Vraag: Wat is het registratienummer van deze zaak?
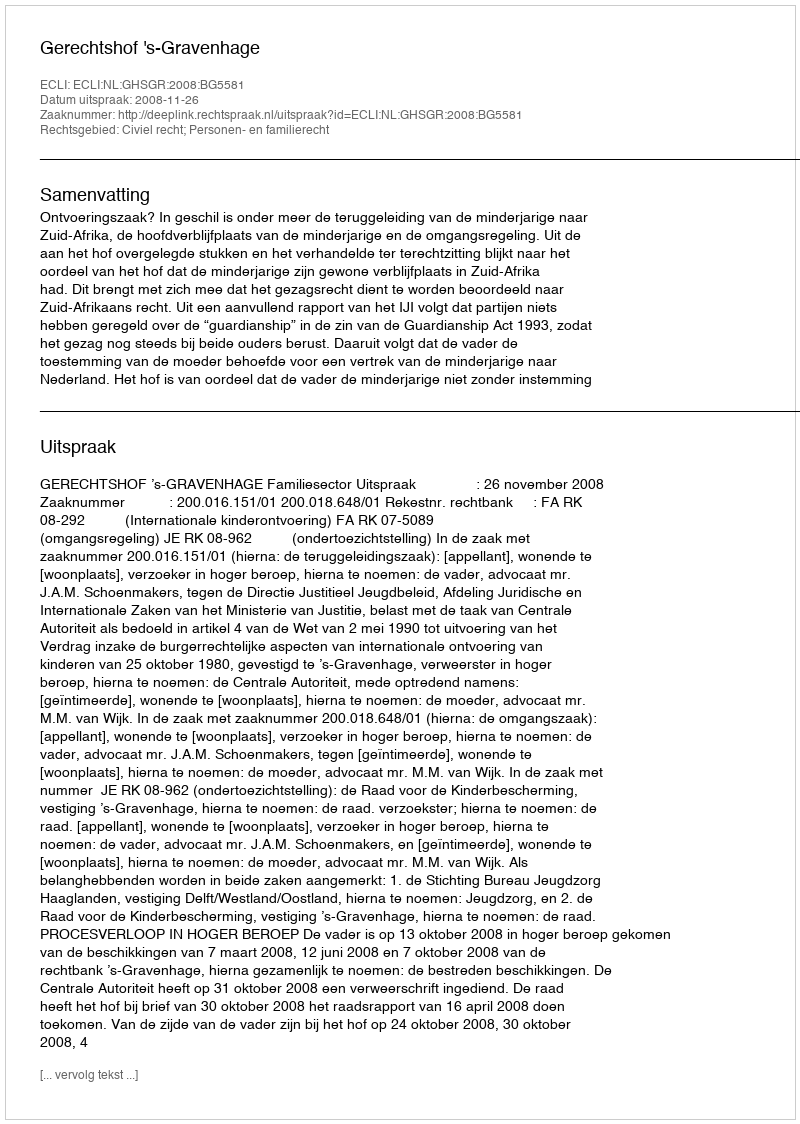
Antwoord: http://deeplink.rechtspraak.nl/uitspraak?id=ECLI:NL:GHSGR:2008:BG5581